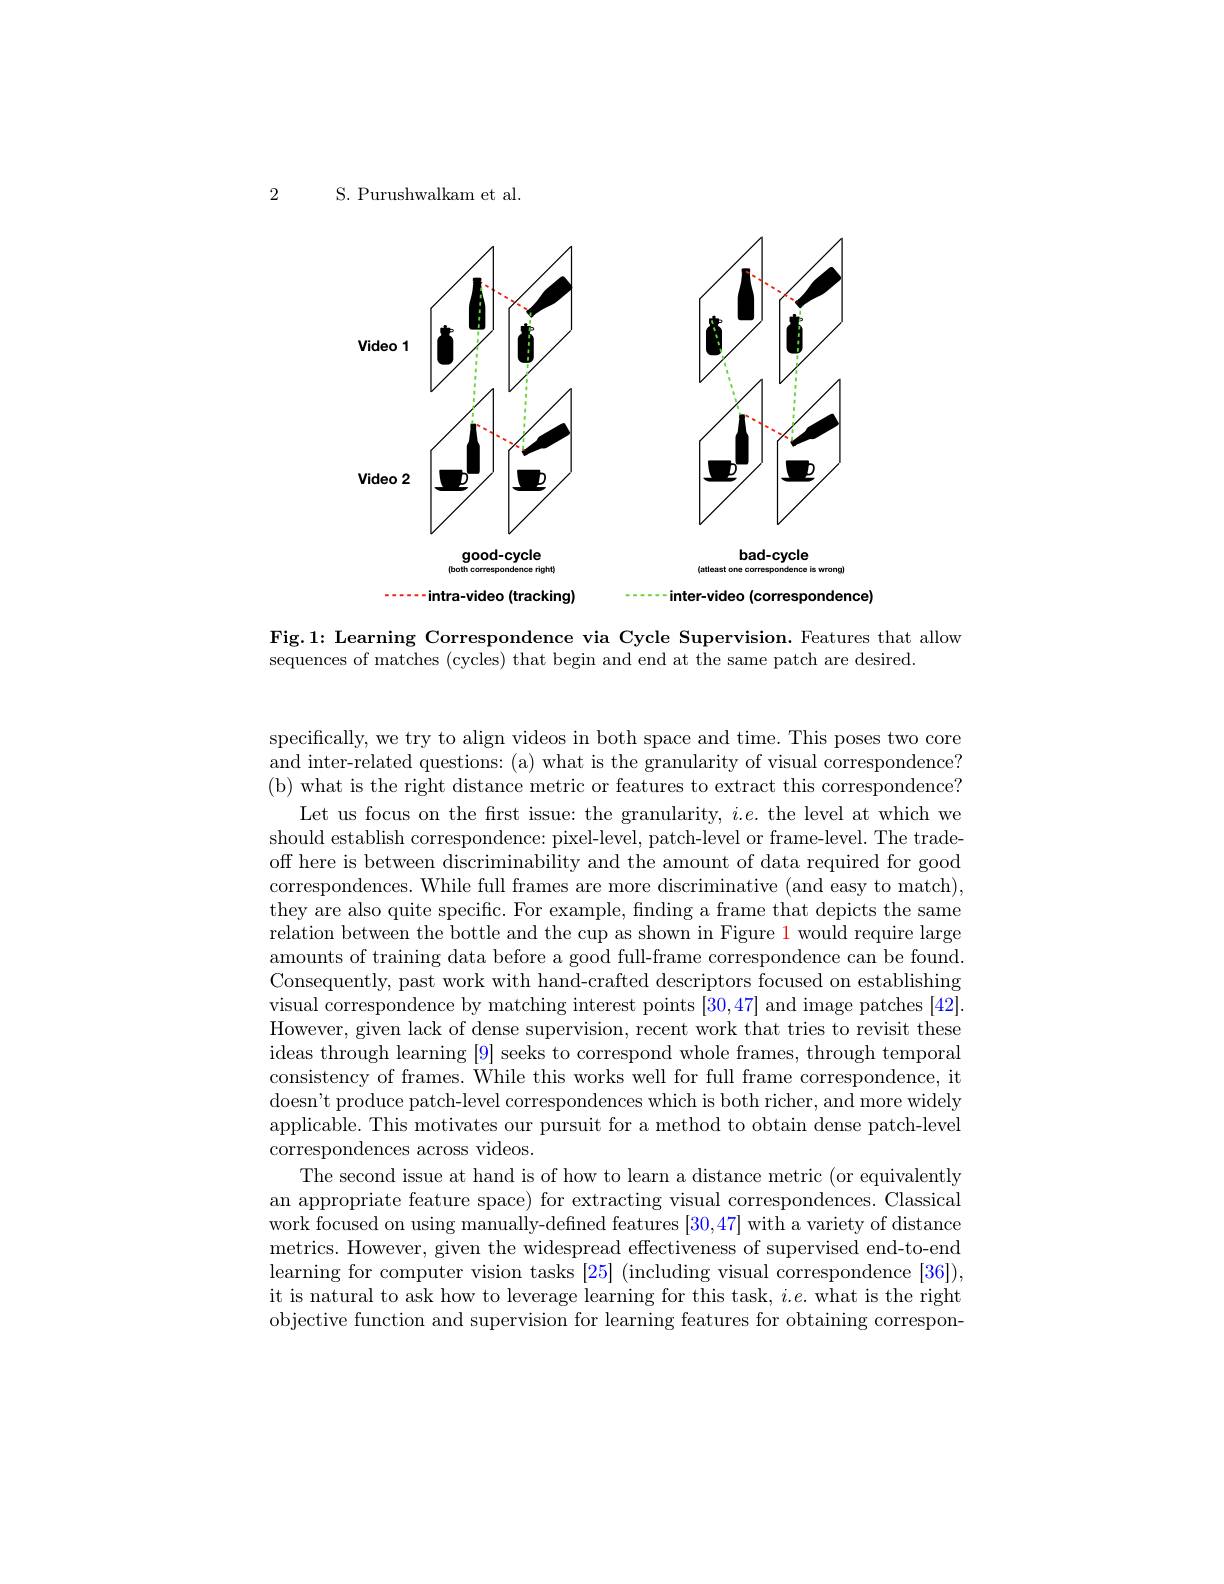
2 S. Purushwalkam et al

<FigureHere>

----intra-video (tracking)

$\cdots\cdots$inter-video (correspondence)

Fig.1: Learning Correspondence via Cycle Supervision. Features that allow
sequences of matches (cycles) that begin and end at the same patch are desired.

specifically, we try to align videos in both space and time. This poses two core and inter-related questions: (a) what is the granularity of visual correspondence? (b) what is the right distance metric or features to extract this correspondence?
Let us focus on the frst issue: the granularity, $i.e.$ the level at which we should establish correspondence: pixel-level, patch-level or frame-level. The tradeoff here is between discriminability and the amount of data required for good correspondences. While full frames are more discriminative (and easy to match), they are also quite specific. For example, finding a frame that depicts the same relation between the bottle and the cup as shown in Figure 1 would require large amounts of training data before a good full-frame correspondence can be found. Consequently, past work with hand-crafted descriptors focused on establishing visual correspondence by matching interest points [30,47] and image patches [42]. However, given lack of dense supervision, recent work that tries to revisit these ideas through learning [9] seeks to correspond whole frames, through temporal consistency of frames. While this works well for full frame correspondence, it doesn't produce patch-level correspondences which is both richer, and more widely applicable. This motivates our pursuit for a method to obtain dense patch-level correspondences across videos.
The second issue at hand is of how to learn a distance metric (or equivalently an appropriate feature space) for extracting visual correspondences. Classical work focused on using manually-defined features [30,47] with a variety of distance metrics. However, given the widespread effectiveness of supervised end-to-end learning for computer vision tasks [25] (including visual correspondence [36]), it is natural to ask how to leverage learning for this task, $i.e.$ what is the right objective function and supervision for learning features for obtaining correspon-